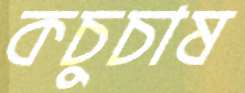
কচুচাষ